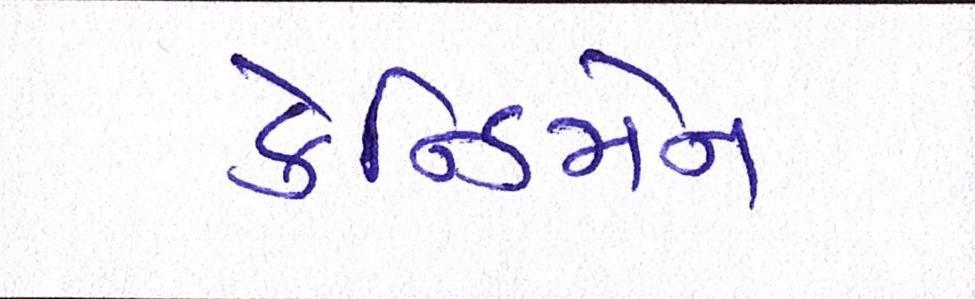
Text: કેન્ડિમેન